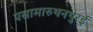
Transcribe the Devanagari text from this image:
पसामारुथनथुरई